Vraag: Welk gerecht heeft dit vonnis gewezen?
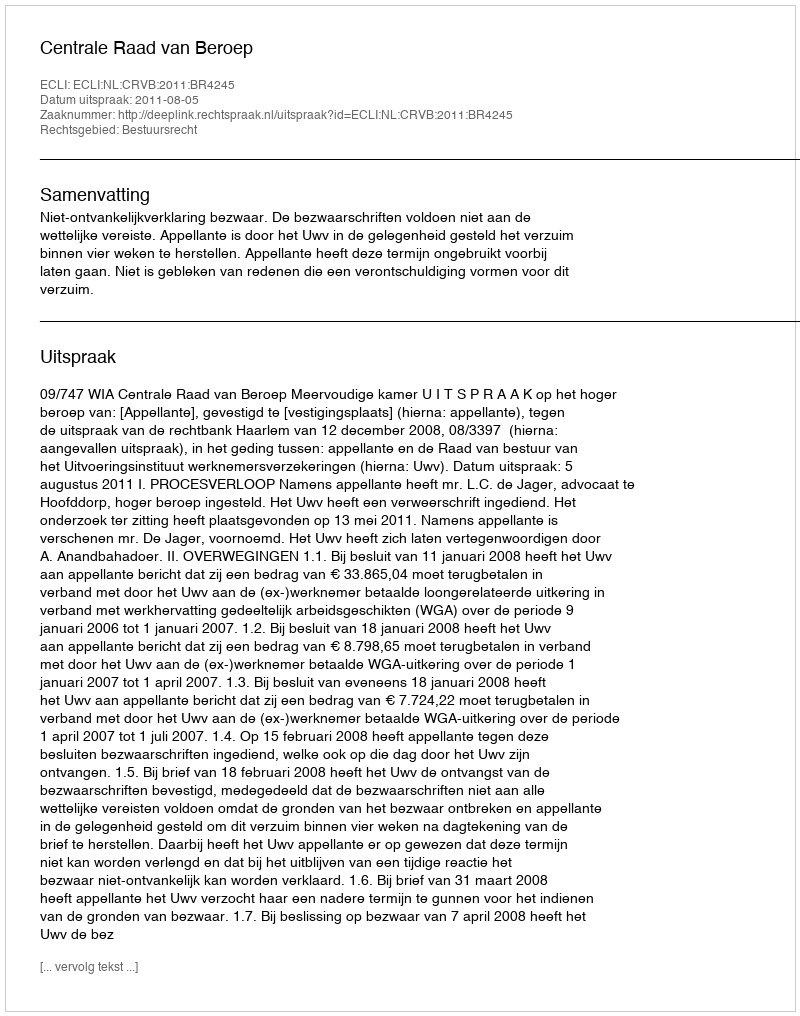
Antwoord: Centrale Raad van Beroep